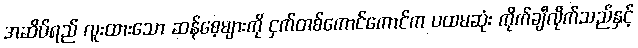
အဆိပ်ရည် လူးထားသော ဆန်စေ့များကို ငှက်တစ်ကောင်ကောင်က ပထမဆုံး ကိုက်ချီလိုက်သည်နှင့်